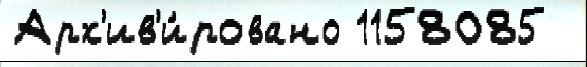
Арх'ив'и́ровано 1158085